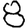
Digit: 8